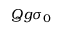
Q g \sigma _ { 0 }